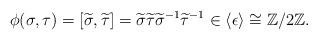
LaTeX: \begin{align*}\phi(\sigma, \tau) = [\widetilde \sigma, \widetilde \tau] = \widetilde \sigma \widetilde \tau {\widetilde \sigma}^{-1} {\widetilde \tau}^{-1} \in \langle \epsilon \rangle \cong \mathbb Z/ 2 \mathbb Z.\end{align*}